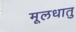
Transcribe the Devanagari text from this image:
मूलधातु